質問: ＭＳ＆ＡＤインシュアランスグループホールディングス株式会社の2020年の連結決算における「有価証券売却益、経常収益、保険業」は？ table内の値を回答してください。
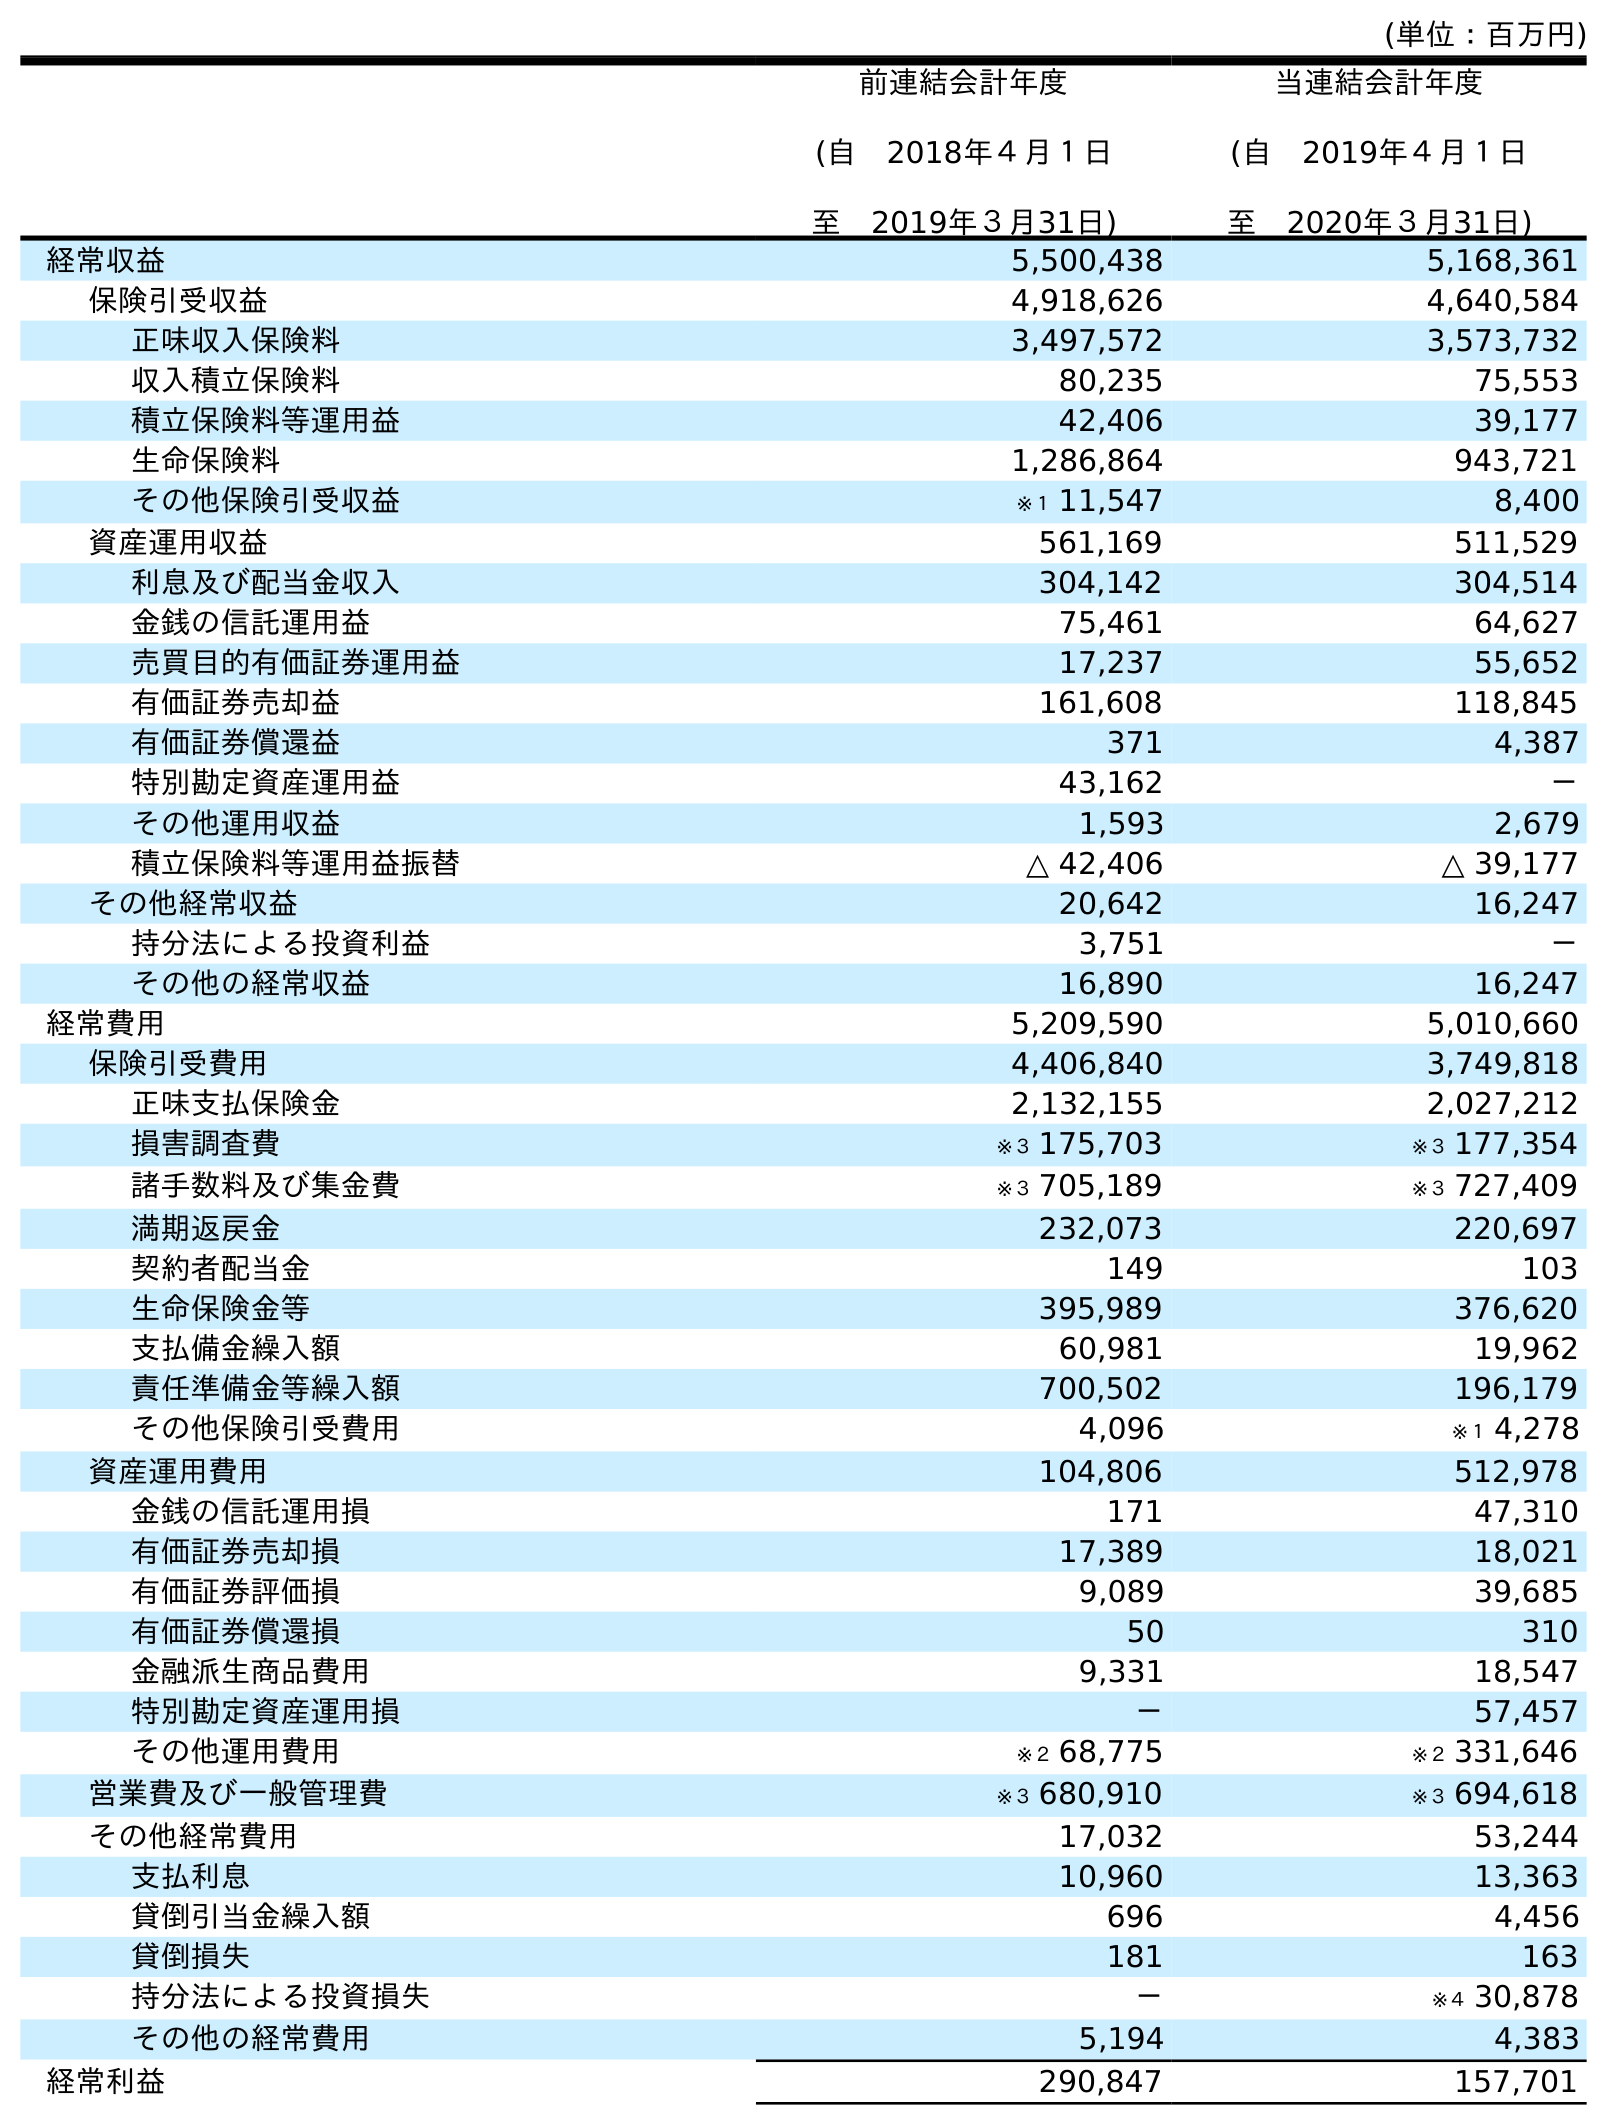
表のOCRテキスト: (単位：百万円) 前連結会計年度 (自 2018年４月１日 至 2019年３月31日) 当連結会計年度 (自 2019年４月１日 至 2020年３月31日) 経常収益 5,500,438 5,168,361 保険引受収益 4,918,626 4,640,584 正味収入保険料 3,497,572 3,573,732 収入積立保険料 80,235 75,553 積立保険料等運用益 42,406 39,177 生命保険料 1,286,864 943,721 その他保険引受収益 ※１ 11,547 8,400 資産運用収益 561,169 511,529 利息及び配当金収入 304,142 304,514 金銭の信託運用益 75,461 64,627 売買目的有価証券運用益 17,237 55,652 有価証券売却益 161,608 118,845 有価証券償還益 371 4,387 特別勘定資産運用益 43,162 － その他運用収益 1,593 2,679 積立保険料等運用益振替 △ 42,406 △ 39,177 その他経常収益 20,642 16,247 持分法による投資利益 3,751 － その他の経常収益 16,890 16,247 経常費用 5,209,590 5,010,660 保険引受費用 4,406,840 3,749,818 正味支払保険金 2,132,155 2,027,212 損害調査費 ※３ 175,703 ※３ 177,354 諸手数料及び集金費 ※３ 705,189 ※３ 727,409 満期返戻金 232,073 220,697 契約者配当金 149 103 生命保険金等 395,989 376,620 支払備金繰入額 60,981 19,962 責任準備金等繰入額 700,502 196,179 その他保険引受費用 4,096 ※１ 4,278 資産運用費用 104,806 512,978 金銭の信託運用損 171 47,310 有価証券売却損 17,389 18,021 有価証券評価損 9,089 39,685 有価証券償還損 50 310 金融派生商品費用 9,331 18,547 特別勘定資産運用損 － 57,457 その他運用費用 ※２ 68,775 ※２ 331,646 営業費及び一般管理費 ※３ 680,910 ※３ 694,618 その他経常費用 17,032 53,244 支払利息 10,960 13,363 貸倒引当金繰入額 696 4,456 貸倒損失 181 163 持分法による投資損失 － ※４ 30,878 その他の経常費用 5,194 4,383 経常利益 290,847 157,701
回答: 118,845